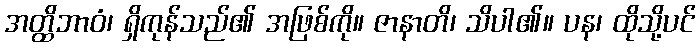
အတ္ထိဘာဝံ၊ ရှိကုန်သည်၏ အဖြစ်ကို။ ဇာနာတိ၊ သိပါ၏။ ပန၊ ထိုသို့ပင်